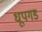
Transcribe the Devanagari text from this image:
धूपगड